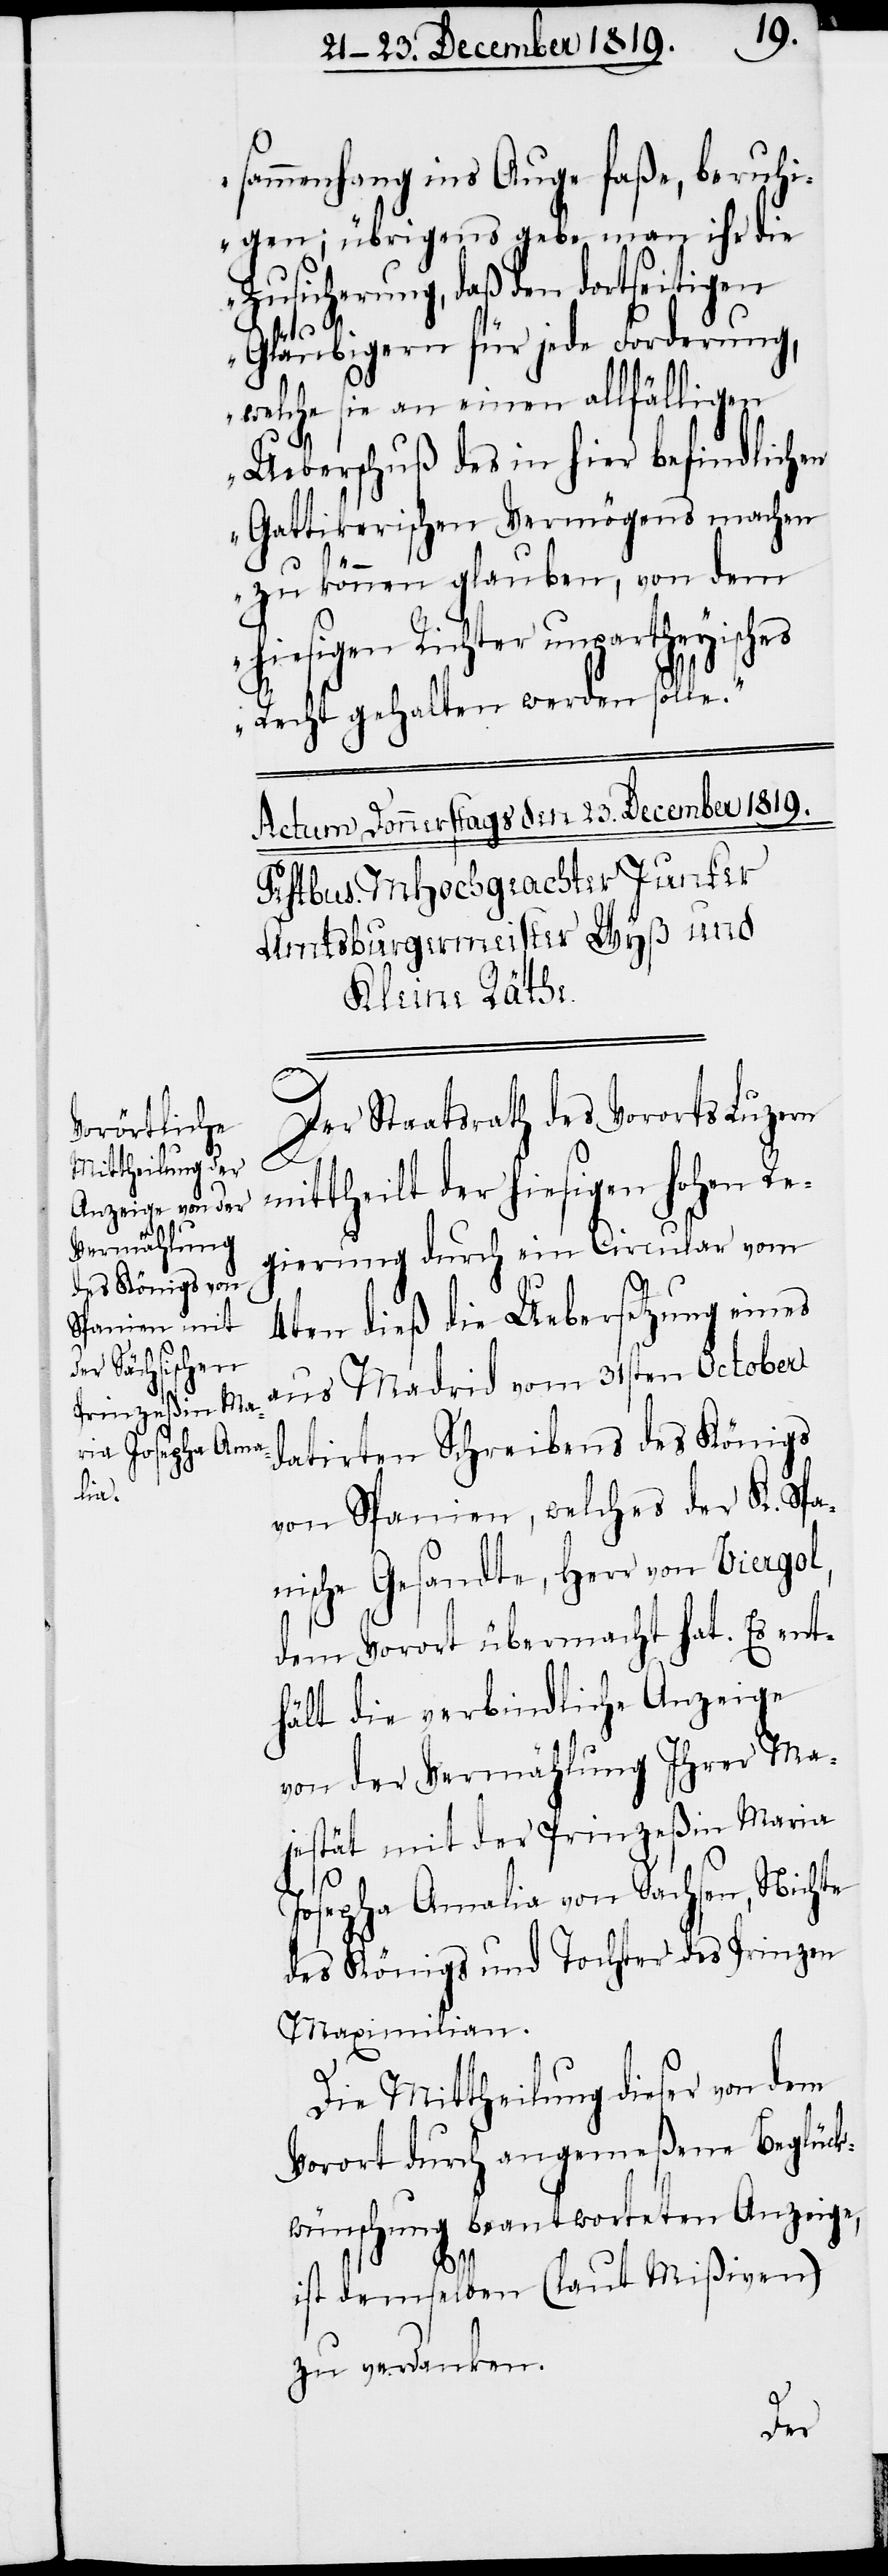
sammenhang ins Auge faße, beruhi¬
gen; übrigens gebe man ihr die
Zusicherung, daß den dortseitigen
Gläubigern für jede Forderung,
welche sie an einen allfälligen
Ueberschuß des in hier befindlichen
Gattikerischen Vermögens machen
zu können glauben, von dem
hiesigen Richter unpartheyisches
Recht gehalten werden solle.“
Der Staatsrath des Vororts Luzern
mittheilt der hiesigen hohen Re¬
gierung durch ein Circular vom
4ten dieß die Uebersetzung eines
aus Madrid vom 31sten October
datirten Schreibens des Königs
von Spanien, welches der K. Spa¬
nische Gesandte, Herr von Viergol,
dem Vorort übermacht hat. Es ent¬
hält die verbindliche Anzeige
von der Vermählung Ihrer Ma¬
jestät mit der Prinzeßin Maria
Josepha Amalia von Sachsen, Nichte
des Königs und Tochter des Prinzen
Maximilian.
Die Mittheilung dieser von dem
Vorort durch angemeßene Beglück¬
wünschung beantworteten Anzeige,
ist demselben (laut Mißiven)
zu verdanken.